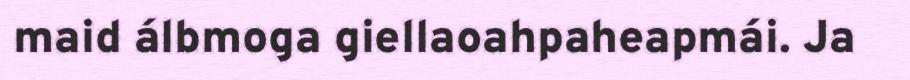
maid álbmoga giellaoahpaheapmái. Ja